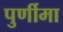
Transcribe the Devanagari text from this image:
पुर्णीमा